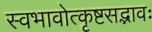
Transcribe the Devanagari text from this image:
स्वभावोत्कृष्टसद्भावः